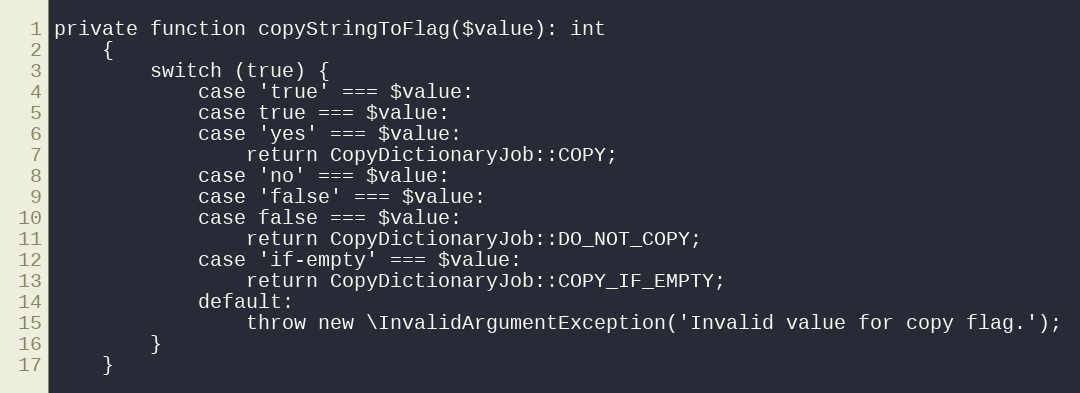
Language: PHP
private function copyStringToFlag($value): int
    {
        switch (true) {
            case 'true' === $value:
            case true === $value:
            case 'yes' === $value:
                return CopyDictionaryJob::COPY;
            case 'no' === $value:
            case 'false' === $value:
            case false === $value:
                return CopyDictionaryJob::DO_NOT_COPY;
            case 'if-empty' === $value:
                return CopyDictionaryJob::COPY_IF_EMPTY;
            default:
                throw new \InvalidArgumentException('Invalid value for copy flag.');
        }
    }